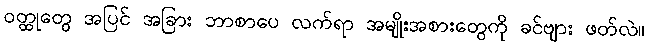
ဝတ္ထုတွေ အပြင် အခြား ဘာစာပေ လက်ရာ အမျိုးအစားတွေကို ခင်ဗျား ဖတ်လဲ။